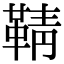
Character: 𮧞